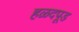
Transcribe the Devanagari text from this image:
हळदपूड